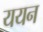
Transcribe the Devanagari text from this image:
ययन